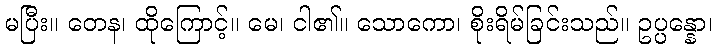
မပြီး။ တေန၊ ထိုကြောင့်။ မေ၊ ငါ၏။ သောကော၊ စိုးရိမ်ခြင်းသည်။ ဥပ္ပန္နော၊